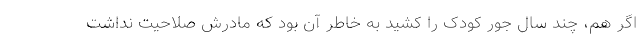
اگر هم، چند سال جورِ کودک را کشید به خاطر آن بود که مادرش صلاحیت نداشت